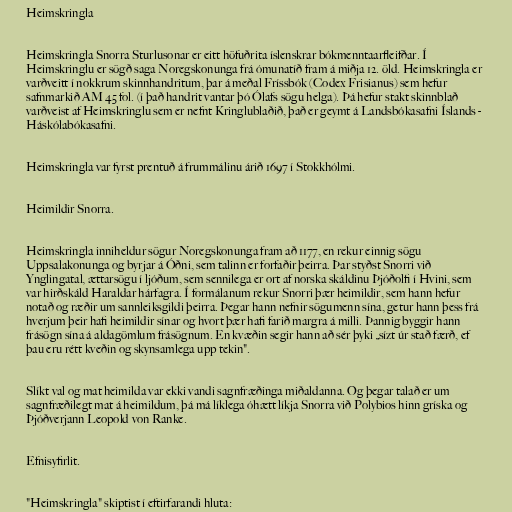
Heimskringla

Heimskringla Snorra Sturlusonar er eitt höfuðrita íslenskrar bókmenntaarfleifðar. Í
Heimskringlu er sögð saga Noregskonunga frá ómunatíð fram á miðja 12. öld. Heimskringla er
varðveitt í nokkrum skinnhandritum, þar á meðal Fríssbók (Codex Frisianus) sem hefur
safnmarkið AM 45 fol. (í það handrit vantar þó Ólafs sögu helga). Þá hefur stakt skinnblað
varðveist af Heimskringlu sem er nefnt Kringlublaðið, það er geymt á Landsbókasafni Íslands -
Háskólabókasafni.

Heimskringla var fyrst prentuð á frummálinu árið 1697 í Stokkhólmi.

Heimildir Snorra.

Heimskringla inniheldur sögur Noregskonunga fram að 1177, en rekur einnig sögu
Uppsalakonunga og byrjar á Óðni, sem talinn er forfaðir þeirra. Þar styðst Snorri við
Ynglingatal, ættarsögu í ljóðum, sem sennilega er ort af norska skáldinu Þjóðolfi í Hvini, sem
var hirðskáld Haraldar hárfagra. Í formálanum rekur Snorri þær heimildir, sem hann hefur
notað og ræðir um sannleiksgildi þeirra. Þegar hann nefnir sögumenn sína, getur hann þess frá
hverjum þeir hafi heimildir sínar og hvort þær hafi farið margra á milli. Þannig byggir hann
frásögn sína á aldagömlum frásögnum. En kvæðin segir hann að sér þyki „sízt úr stað færð, ef
þau eru rétt kveðin og skynsamlega upp tekin".

Slíkt val og mat heimilda var ekki vandi sagnfræðinga miðaldanna. Og þegar talað er um
sagnfræðilegt mat á heimildum, þá má líklega óhætt líkja Snorra við Polybios hinn gríska og
Þjóðverjann Leopold von Ranke.

Efnisyfirlit.

"Heimskringla" skiptist í eftirfarandi hluta: